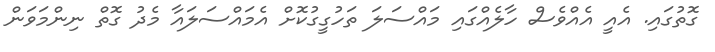
ގޮތުގައި. އެއީ އެއްވެސް ހާލެއްގައި މައްސަލަ ތަހުގީގުކޮށް އެމައްސަލައާ މެދު ގޮތް ނިންމަވަން